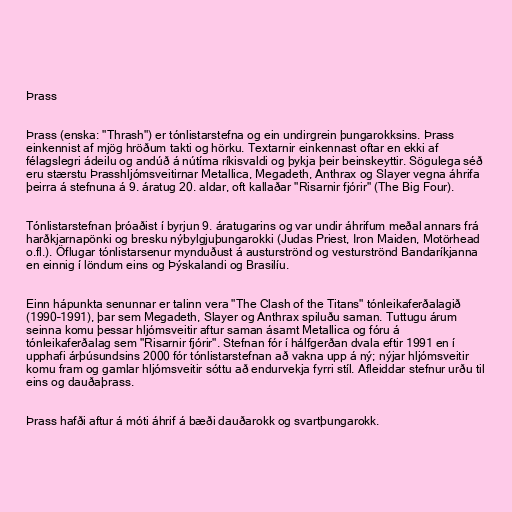
Þrass

Þrass (enska: "Thrash") er tónlistarstefna og ein undirgrein þungarokksins. Þrass
einkennist af mjög hröðum takti og hörku. Textarnir einkennast oftar en ekki af
félagslegri ádeilu og andúð á nútíma ríkisvaldi og þykja þeir beinskeyttir. Sögulega séð
eru stærstu Þrasshljómsveitirnar Metallica, Megadeth, Anthrax og Slayer vegna áhrifa
þeirra á stefnuna á 9. áratug 20. aldar, oft kallaðar "Risarnir fjórir" (The Big Four).

Tónlistarstefnan þróaðist í byrjun 9. áratugarins og var undir áhrifum meðal annars frá
harðkjarnapönki og bresku nýbylgjuþungarokki (Judas Priest, Iron Maiden, Motörhead
o.fl.). Öflugar tónlistarsenur mynduðust á austurströnd og vesturströnd Bandaríkjanna
en einnig í löndum eins og Þýskalandi og Brasilíu.

Einn hápunkta senunnar er talinn vera "The Clash of the Titans" tónleikaferðalagið
(1990–1991), þar sem Megadeth, Slayer og Anthrax spiluðu saman. Tuttugu árum
seinna komu þessar hljómsveitir aftur saman ásamt Metallica og fóru á
tónleikaferðalag sem "Risarnir fjórir". Stefnan fór í hálfgerðan dvala eftir 1991 en í
upphafi árþúsundsins 2000 fór tónlistarstefnan að vakna upp á ný; nýjar hljómsveitir
komu fram og gamlar hljómsveitir sóttu að endurvekja fyrri stíl. Afleiddar stefnur urðu til
eins og dauðaþrass.

Þrass hafði aftur á móti áhrif á bæði dauðarokk og svartþungarokk.